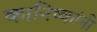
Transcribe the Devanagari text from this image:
कानिष्कांनी